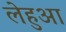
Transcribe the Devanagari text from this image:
लेहुआ